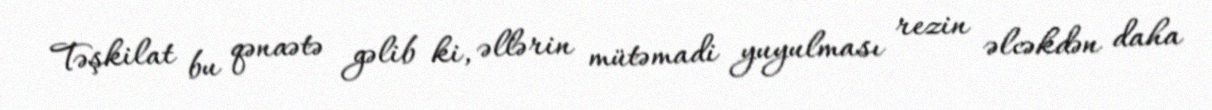
Təşkilat bu qənaətə gəlib ki, əllərin mütəmadi yuyulması rezin əlcəkdən daha